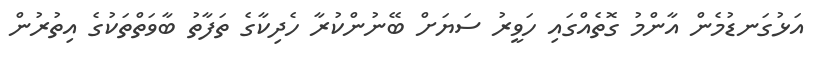
އަޅުގަނޑުމެން އާންމު ގޮތެއްގައި ހަވީރު ސަޔަށް ބޭނުންކުރާ ހެދިކާގެ ތަފާތު ބާވަތްތަކުގެ އިތުރުން